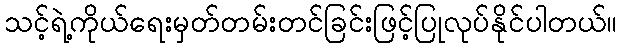
သင့်ရဲ့ကိုယ်ရေးမှတ်တမ်းတင်ခြင်းဖြင့်ပြုလုပ်နိုင်ပါတယ်။